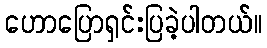
ဟောပြောရှင်းပြခဲ့ပါတယ်။